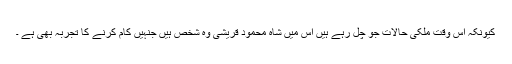
کیونکہ اس وقت ملکی حالات جو چل رہے ہیں اس میں شاہ محمود قریشی وہ شخص ہیں جنہیں کام کرنے کا تجربہ بھی ہے ۔